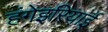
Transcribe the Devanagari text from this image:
हंगेइरियाई